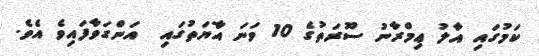
ކަމުގައި އާލު ޢިމްރާނު ސޫރަތުގެ 10 ވަނަ އާޔަތުގައި  އަންގަވާފައިވެ އެވެ.